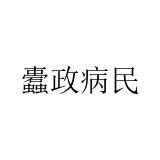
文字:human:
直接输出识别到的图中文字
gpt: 蠹政病民